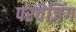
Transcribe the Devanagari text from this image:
परचेज़िंग